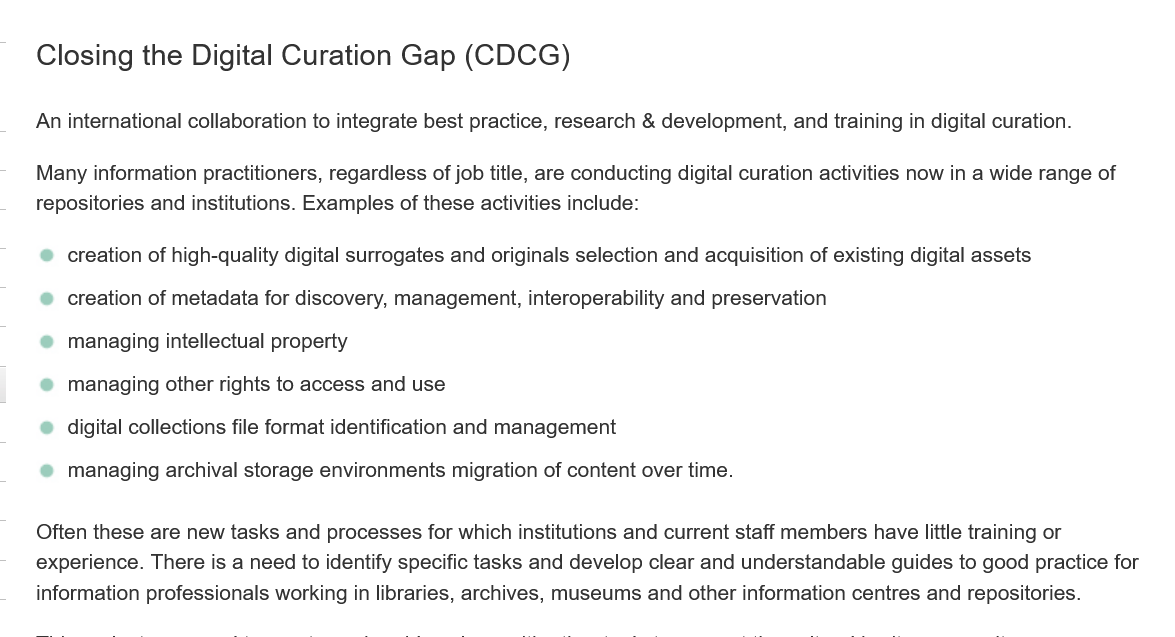
Closing   the  Digital  Curation    Gap   (CDCG)
    An international collaboration to integrate best practice, research & development, and training in digital curation.
    Many information practitioners, regardless of job title, are conducting digital curation activities now in a wide range of
    repositories and institutions. Examples of these activities include:
    ©  creation of high-quality digital surrogates and originals selection and acquisition of existing digital assets
    ©  creation of metadata for discovery, management, interoperability and preservation
    ©  managing intellectual property
    ®  managing  other rights to access and use
    ©  digital collections file format identification and management
    ®  managing  archival storage environments migration of content over time.
    Often these are new tasks and processes for which institutions and current staff members have little training or
    experience. There is a need to identify specific tasks and develop clear and understandable guides to good practice for
    information professionals working in libraries, archives, museums and other information centres and repositories.